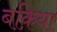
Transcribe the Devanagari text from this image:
बक़िया